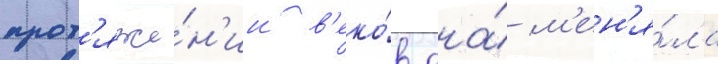
прот'яже́н'ии в'еко́в она́ м'ен'я́ла